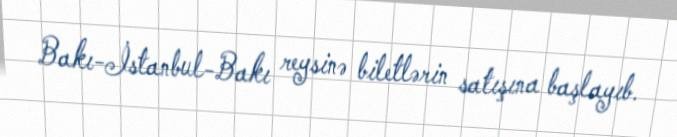
Bakı-İstanbul-Bakı reysinə biletlərin satışına başlayıb.